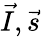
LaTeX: \vec{I},\vec{s}